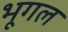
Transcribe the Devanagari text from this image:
भूगल